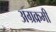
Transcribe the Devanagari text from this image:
अग्रक्रमी